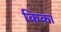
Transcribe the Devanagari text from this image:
किका